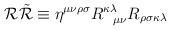
LaTeX: \begin{align*}{\cal{R}} {\tilde{\cal{R}}} \equiv {\cal{\eta}}^{\mu \nu \rho \sigma} R^{\kappa \lambda} _{\;\;\;\mu \nu} R_{\rho \sigma \kappa \lambda}\end{align*}